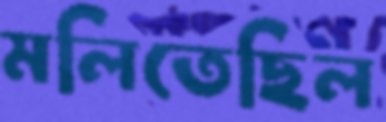
মলিতেছিল